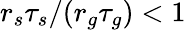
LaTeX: r_{s}\tau_{s}/(r_{g}\tau_{g})<1